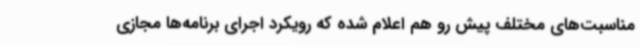
مناسبت‌های مختلف پیش‌ رو هم اعلام شده که رویکرد اجرای برنامه‌ها مجازی